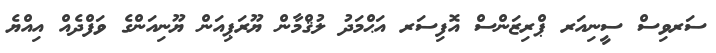
ސަރވިސް ސީނިއަރ ޕްރިޒަންސް އޮފިސަރ އަޙްމަދު ލުޤްމާން ޔޫރަޕިއަން ޔޫނިއަންގެ ވަފްދެއް އިއްޔެ